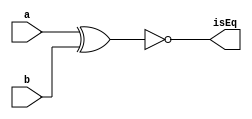
module isEqual(a, b, isEq);

//inputs
input a;
input b;

//output
output isEq;


//resultados intermedios
wire w1;//a xor b

//logica combinacional del modulo

xor(w1, a, b);
not(isEq, w1);

endmodule